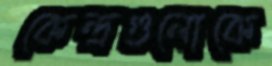
কেন্দ্রগুলোকে